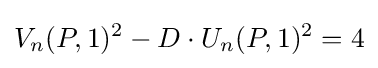
V_{n}(P,1)^{2}-D\cdot U_{n}(P,1)^{2}=4